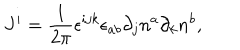
J ^ { i } = \frac 1 { 2 \pi } { \bf \epsilon } ^ { i j k } \epsilon _ { a b } \partial _ { j } n ^ { a } \partial _ { k } n ^ { b } ,